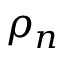
\rho _ { n }